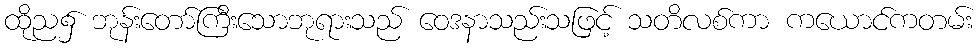
ထိုည၌ ဘုန်းတော်ကြီးသောဘုရားသည် ဝေဒနာသည်းသဖြင့် သတိလစ်ကာ ကယောင်ကတမ်း